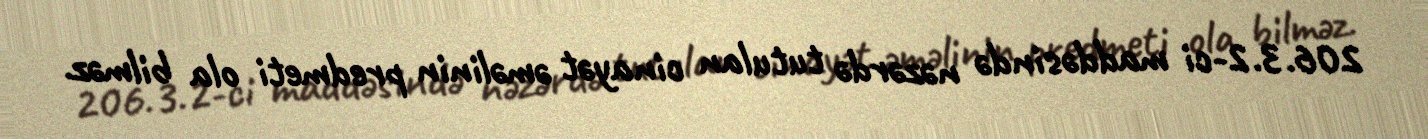
206.3.2-ci maddəsində nəzərdə tutulan cinayət əməlinin predmeti ola bilməz.